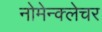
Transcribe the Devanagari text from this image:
नोमेन्क्लेचर